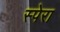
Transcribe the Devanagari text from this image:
स्पेरा